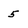
Character: 5